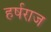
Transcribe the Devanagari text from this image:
हर्षराज